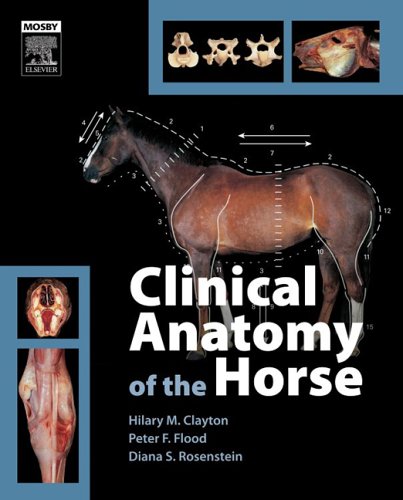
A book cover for Clinical Anatomy of the Horse, 1e; Hillary M. Clayton; Medical Books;